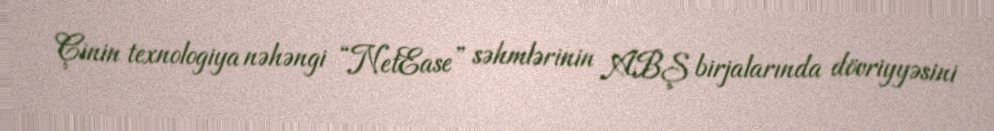
Çinin texnologiya nəhəngi “NetEase” səhmlərinin ABŞ birjalarında dövriyyəsini